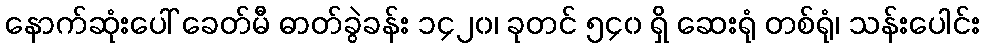
နောက်ဆုံးပေါ် ခေတ်မီ ဓာတ်ခွဲခန်း ၁၄၂၀၊ ခုတင် ၅၄၀ ရှိ ဆေးရုံ တစ်ရုံ၊ သန်းပေါင်း